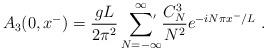
LaTeX: \begin{align*}A_3(0,x^-) = {gL \over 2\pi^2} \sum_{N =-\infty}^\infty \!\!\!\!{}^{\stackrel{\prime}{}}\; {C^3_N \over N^2} e^{-iN \pi x^-/L}\; .\end{align*}